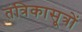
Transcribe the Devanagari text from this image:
तंत्रिकासूत्रों